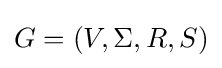
G=(V,\Sigma ,R,S)